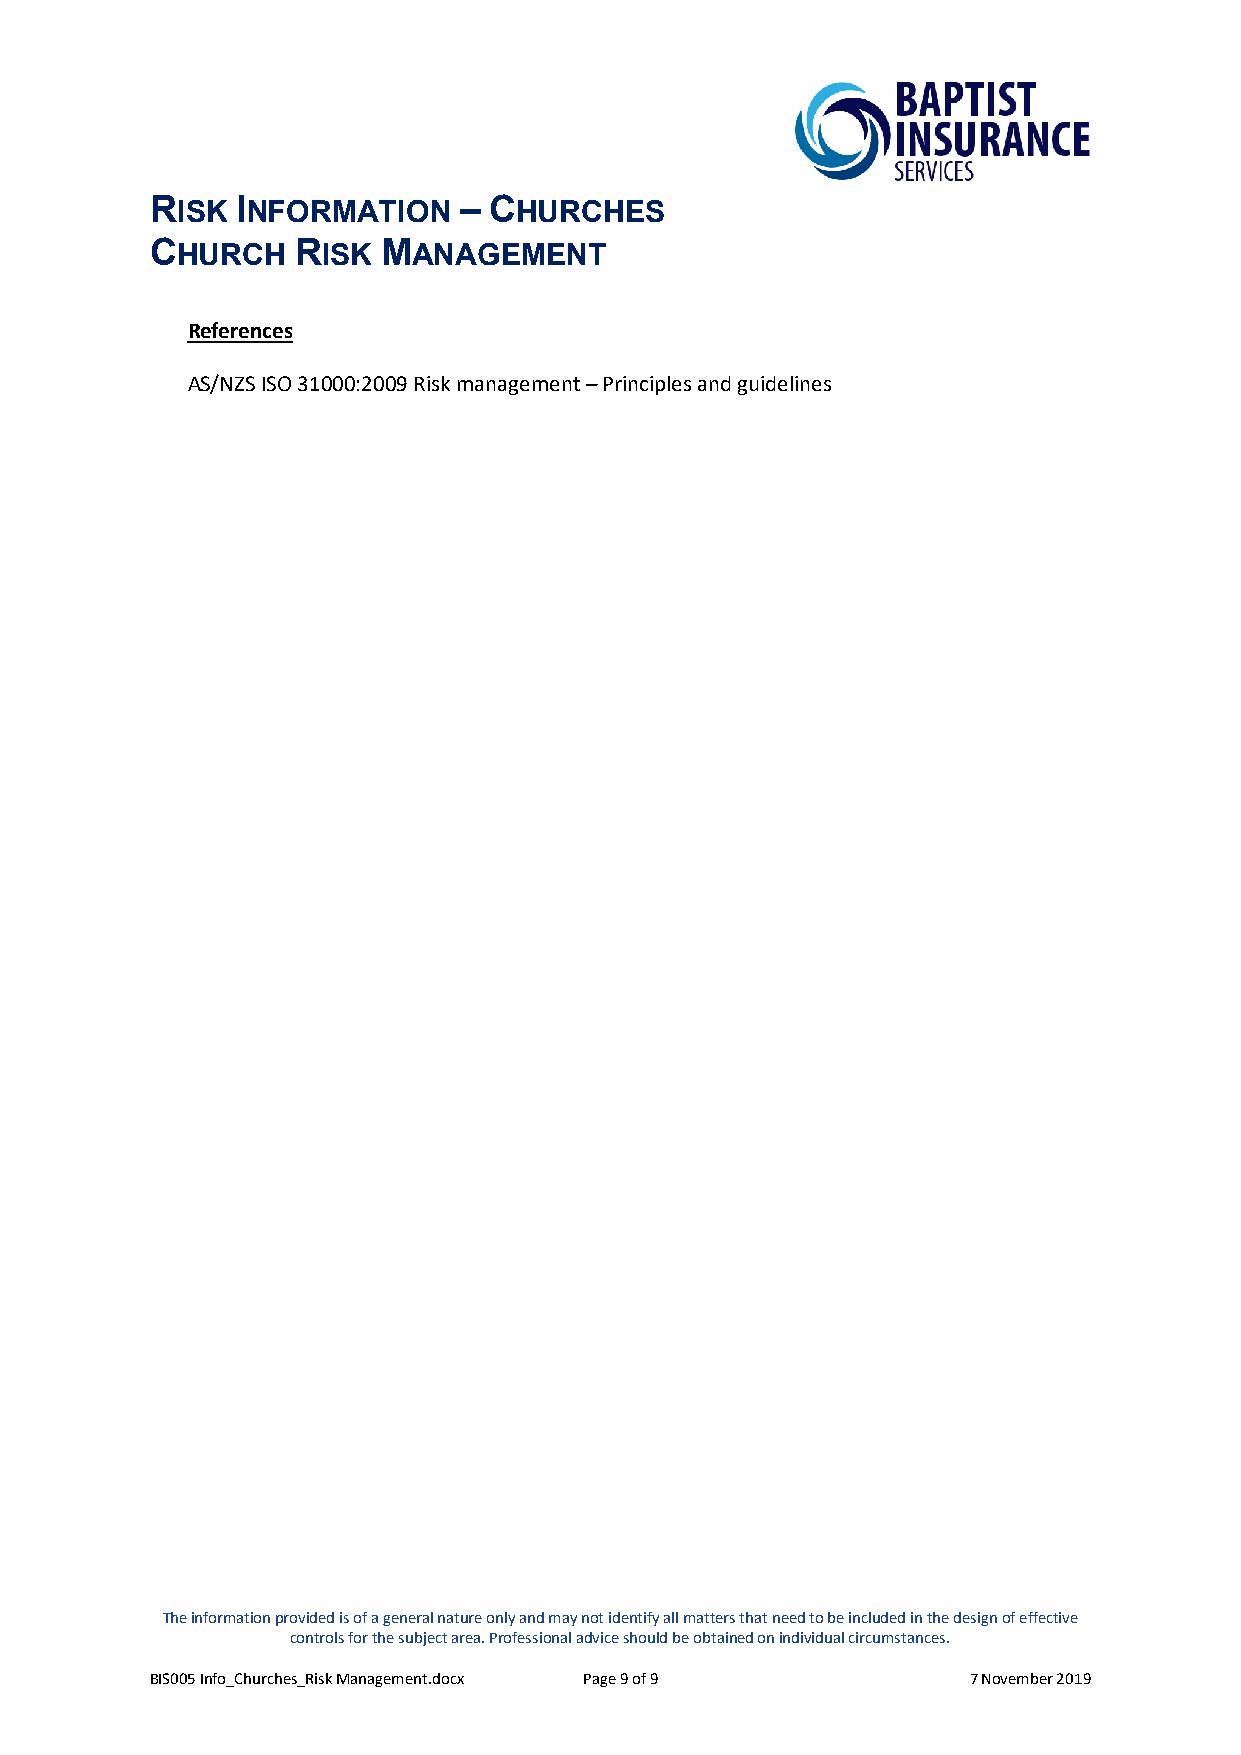
RISK  INFORMATION   – CHURCHES
 CHURCH   RISK  MANAGEMENT
 References
 AS/NZS ISO 31000:2009 Risk management – Principles and guidelines
 The information provided is of a general nature only and may not identify all matters that need to be included in the design of effective
 controls for the subject area. Professional advice should be obtained on individual circumstances.
 BIS005 Info_Churches_Risk Management.docx Page 9 of 9 7 November 2019